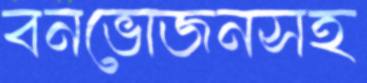
বনভোজনসহ